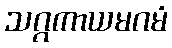
သဂ္ဂကာယမဂမံ